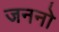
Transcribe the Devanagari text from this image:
जननो